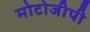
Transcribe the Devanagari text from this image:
मोटोजीपी